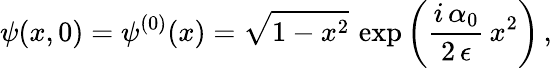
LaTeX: \psi(x,0)=\psi^{(0)}(x)=\sqrt{1-x^{2}}\, \exp\left(\frac{i\, \alpha_{0}}{2\, \epsilon}\, x^{2}\right)\, ,